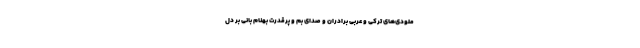
ملودی‌های ترکی و عربی برادران و صدای بم و پرقدرت بهنام بانی بر دل